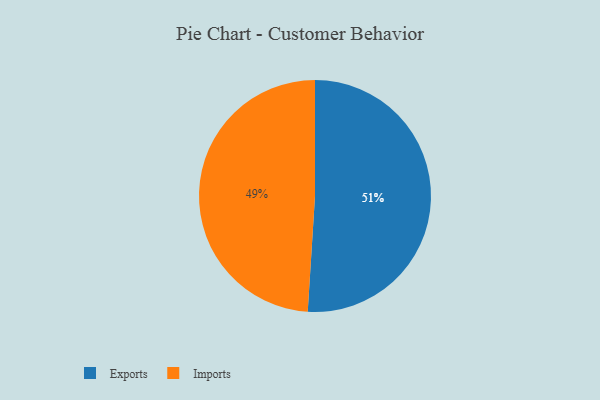
{"axis": {"x": "Category", "y": "Percentage"}, "legend": ["Exports", "Imports"], "data": [{"x": "Imports", "y": 49, "type": "Imports"}, {"x": "Exports", "y": 51, "type": "Exports"}]}